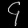
Digit: ၄